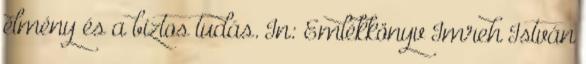
élmény és a biztos tudás. In: Emlékkönyv Imreh István